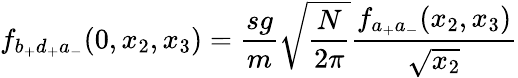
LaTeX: f_{b_{+}d_{+}a_{-}}(0,x_{2},x_{3})=\frac{sg}{m}\sqrt{\frac{N}{2\pi}}\frac{f_{a_{+}a_{-}}(x_{2},x_{3})}{\sqrt{x_{2}}}